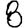
Digit: 8